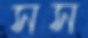
সস